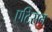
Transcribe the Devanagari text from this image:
एटिसन